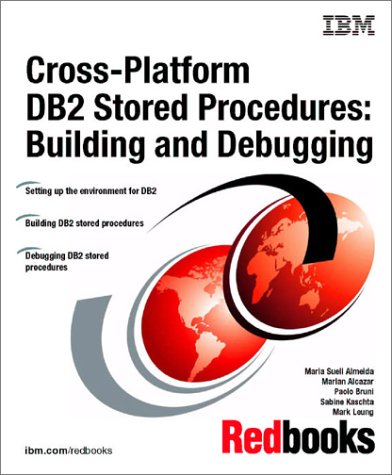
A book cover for Cross-Platform DB2 Stored Procedures: Building and Debugging (IBM Redbooks); IBM Redbooks; Computers & Technology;